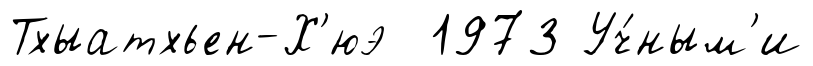
Тхыатхьен-Х'юэ 1973 Уч́ным'и